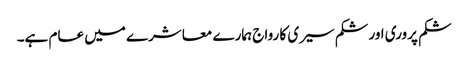
شکم پروری اور شکم سیری کا رواج ہمارے معاشرے میں عام ہے۔